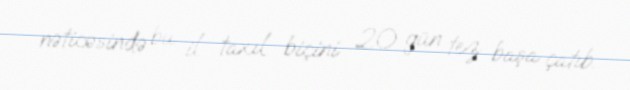
nəticəsində bu il taxıl biçini 20 gün tez başa çatıb.